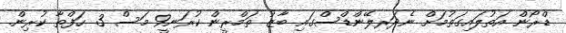
ޑްރޯން އަތުލައިގަތުމަށް ނެދަރލޭންޑްސްގައި ބާޒު ތަމްރީން ކުރަނީ9 މަސް 3 ހަފްތާ ކުރިން.